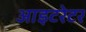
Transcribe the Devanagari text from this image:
आइटरेटर